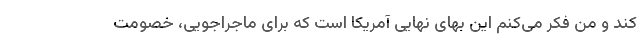
کند و من فکر می‌کنم این بهای نهایی آمریکا است که برای ماجراجویی، خصومت